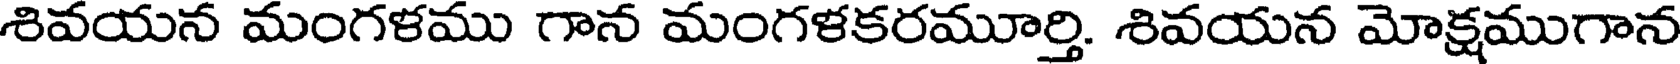
శివయన మంగళము గాన మంగళకరమూర్తి. శివయన మోక్షముగాన